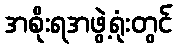
အစိုးရအဖွဲ့ရုံးတွင်